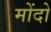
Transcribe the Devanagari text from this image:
मोंदो